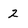
Character: 2